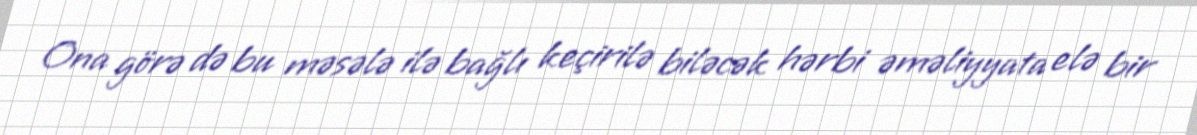
Ona görə də bu məsələ ilə bağlı keçirilə biləcək hərbi əməliyyata elə bir